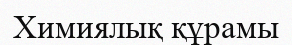
Химиялық құрамы